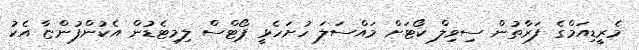
މެރީޑިއަމްގެ ފަރާތުން ސިވިލް ކޯޓަށް މައްސަލަ ހުށަހެޅީ ޕޯޓްސް ލިމިޓެޑުން އެކުންފުންޏާ އެކު